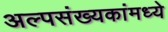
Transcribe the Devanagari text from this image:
अल्पसंख्यकांमध्ये